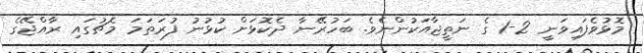
މޮޅުވެފައިވަނީ 2-1 ގެ ނަތީޖާއަކުންނެވެ. ބަހުރޭނާ ދެކޮޅަށް ކުޅުނު ފުރަތަމަ މެޗުގައި ރާއްޖޭގެ